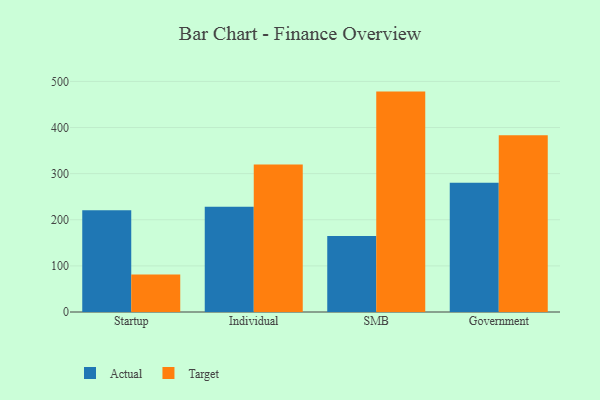
{"axis": {"x": "Segment", "y": "Energy Usage (MWh)"}, "legend": ["Actual", "Target"], "data": [{"x": "Startup", "y": 220.6, "type": "Actual"}, {"x": "Startup", "y": 81.1, "type": "Target"}, {"x": "Individual", "y": 228.2, "type": "Actual"}, {"x": "Individual", "y": 319.9, "type": "Target"}, {"x": "SMB", "y": 165.0, "type": "Actual"}, {"x": "SMB", "y": 477.9, "type": "Target"}, {"x": "Government", "y": 280.3, "type": "Actual"}, {"x": "Government", "y": 383.0, "type": "Target"}]}